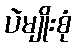
ပဲမျိုးစုံ